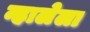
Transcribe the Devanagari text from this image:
न्हालेला